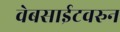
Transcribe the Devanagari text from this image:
वेबसाईटवरुन